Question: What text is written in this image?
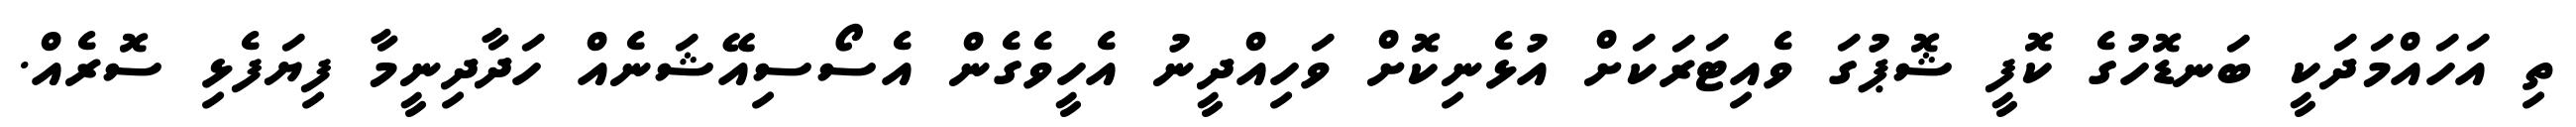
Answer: ތި އަހައްމަދަކީ ބަނޑޮހުގެ ކޮފީ ޝޮޕުގަ ވެއިޓަރަކަށް އުޅެނިކޮށް ވަހިއްދީނު އެހީވެގެން އެސޯސިއޭޝަނެއް ހަދާދިނީމާ ފިޔަފެޅި ސޮރެއް.